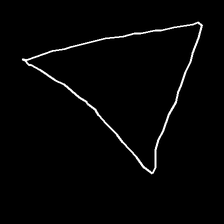
Glyph: convergence